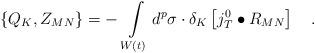
LaTeX: \begin{align*}\left\{ Q_K,Z_{MN}\right\} =-\,\int\limits_{W\left( t\right)}d^p\sigma \cdot \delta _K\left[ j_T^0\bullet R_{MN}\right] \quad .\end{align*}